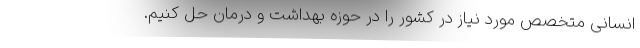
انسانی متخصص مورد نیاز در کشور را در حوزه بهداشت و درمان حل کنیم.